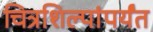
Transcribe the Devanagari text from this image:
चित्रशिल्पांपर्यंत